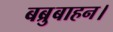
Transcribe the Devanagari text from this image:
बब्रुबाहन।